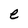
Character: e